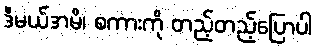
ဒီမယ်အမိ၊ စကားကို တည့်တည့်ပြောပါ